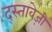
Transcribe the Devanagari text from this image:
द्स्तावेज़ी